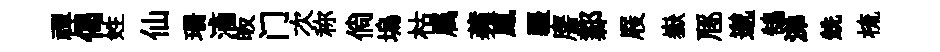
禪偈姓仙珊滴皈门次称倘塢枯属蘋鳯疆譍鄴屐嶽豗邈鵠涕兟梳